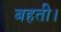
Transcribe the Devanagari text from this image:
बहती।